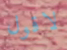
لاقول